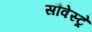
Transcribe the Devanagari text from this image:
सौवेस्ट्रे